Mediterranean fever in India - Number 22
Disease focus: Fever
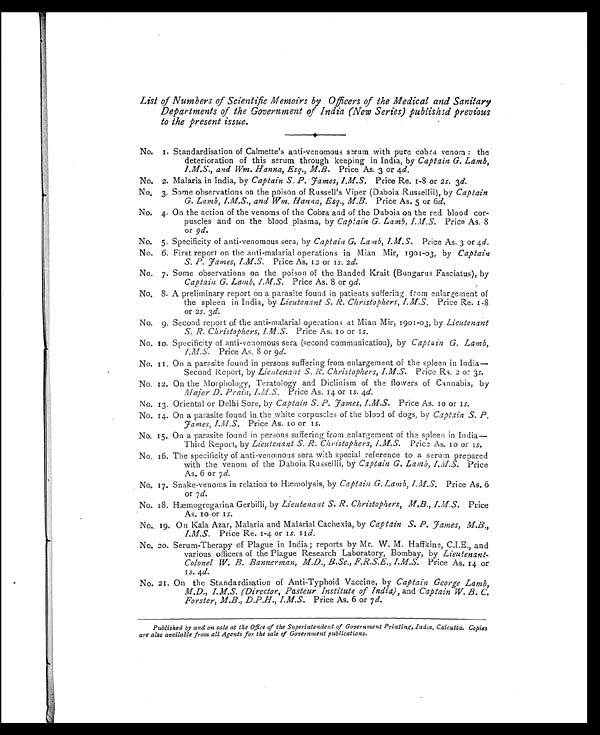
List of Numbers of Scientific Memoirs by Officers of the Medical and Sanitary
Departments of the Government of India (New Series) published previous
to the present issue.
No. 1. Standardisation of Calmette' s anti-venomous serum with pure cobra venom : the
deterioration of this serum through keeping in India, by Captain G. Lamb,
I . M . S . , a n d W m . H a n n a , E s q . , M . B .
P r i c e A s . 3 o r 4
d .
No. 2. Malaria in India, by Captain S. P. James, I.M.S. Price Re. 1-8 or 2s. 3d.
No. 3. Some observations on the poison of Russell's Viper (Daboia Russellii), by Captain
G. Lamb, I.M.S., and Wm. Hanna, Esq., M.B. Price As. 5 or 6d.
No. 4. On the action of the venoms of the Cobra and of the Daboia on the red blood cor-
puscles and on the blood plasma, by Captain G. Lamb, I.M.S. Price As. 8
or 9d.
No. 5. Specificity of anti-venomous sera, by Captain G. Lamb, I.M.S. Price As. 3 or 4d.
No. 6. First report on the anti-malarial operations in Mian Mir, 1901-03, by Captain
S. P. James, I.M.S. Price As. 12 or 1s. 2d.
No. 7. Some observations on the poison of the Banded Krait (Bungarus Fasciatus), by
Captain G. Lamb, I.M.S. Price As. 8 or 9d.
No. 8. A preliminary report on a parasite found in patients suffering from enlargement of
the spleen in India, by Lieutenant S. R. Christophers, I.M.S. Price Re. 1-8
or 2s. 3d.
No. 9. Second report of the anti-malarial operations at Mian Mir, 1901-03, by Lieutenant
S. R. Christophers, I.M.S. Price As. 10 or 1s.
No. 10. Specificity of anti-venomous sera (second communication), by Captain G. Lamb,
I.M.S. Price As. 8 or 9d.
No. 11. On a parasite found in persons suffering from enlargement of the spleen in India
—Second Report, by Lieutenant, S. R. Christophers, I.M.S. Price Rs. 2 or 3s.
No. 12. On the Morphology, Teratology and Diclinism of the flowers of Cannabis, by
Major D. Prain, I.M.S. Price As. 14 or 1s. 4d.
No. 13. Oriental or Delhi Sore, by Captain S. P. James, I.M.S. Price As. 10 or 1s.
No. 14. On a parasite found in the white corpuscles of the blood of dogs, by Captain S. P.
James, I.M.S. Price As. 10 or 1s.
No. 15. On a parasite found in persons suffering from enlargement of the spleen in India
—Third Report, by Lieutenant S. R. Christophers, I.M.S. Price As. 10 or 1s.
No. 16. The specificity of anti-venomous sera with special reference to a serum prepared
with the venom of the Daboia Russellii, by Captain G. Lamb, I.M.S. Price
As. 6 or 7 d.
No. 17. Snake-venoms in relation to Hæmolysis, by Captain G. Lamb, I.M.S. Price As. 6
or 7d.
No. 18. Hæmogregarina Gerbilli, by Lieutenant S. R. Christophers, M.B., I.M.S. Price
As. 10 or 1s.
No. 19. On Kala Azar, Malaria and Malarial Cachexia, by Captain S. P. James, M.B.,
I.M.S. Price Re. 1-4 or 1s. 11d.
No. 20. Serum-Therapy of Plague in India; reports by Mr. W. M. Haffkine, C.I.E., and
various officers of the Plague Research Laboratory, Bombay, by Lieutenant-
Colonel W. B. Bannerman, M.D., B.Sc., F.R.S.E., I.M.S. Price As. 14 or
1 s .
4 d .
No. 21. On the Standardisation of Anti-Typhoid Vaccine, by Captain George Lamb,
M.D., I.M.S. (Director, Pasteur Institute of India), and Captain W. B. C.
Forster, M.B., D.P.H., I.M.S. Price As. 6 or 7 d.
Published by and on sale at the Office of the Superintendent of Government Printing, India, Calcutta. Copies
are also available from all Agents for the sale of Government publications.